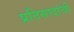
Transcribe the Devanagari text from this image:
प्रतिसादांची